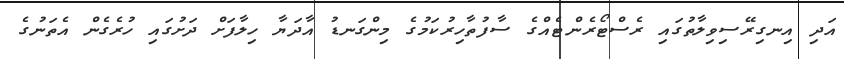
އަދި އިނގިރޭސިވިލާތުގައި ރެސްޓޯރެންޓެއްގެ ސާފުތާހިރުކަމުގެ މިންގަނޑު އާދަޔާ ހިލާފަށް ދަށުގައި ހުރެގެން އެތަނުގެ